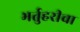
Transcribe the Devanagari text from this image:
भर्तुहरीचा